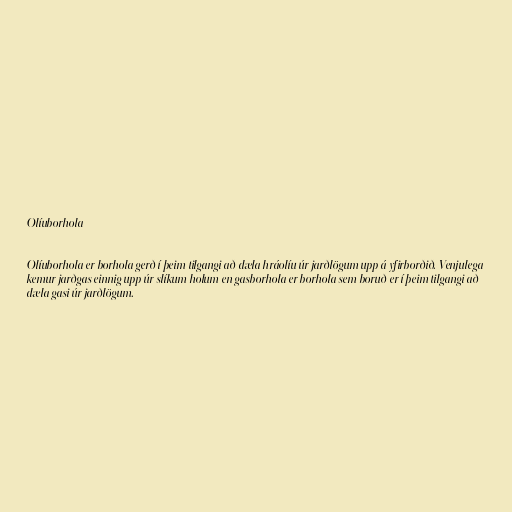
Olíuborhola

Olíuborhola er borhola gerð í þeim tilgangi að dæla hráolíu úr jarðlögum upp á yfirborðið. Venjulega
kemur jarðgas einnig upp úr slíkum holum en gasborhola er borhola sem boruð er í þeim tilgangi að
dæla gasi úr jarðlögum.